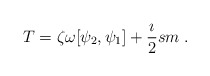
\begin{align*}T=\zeta\omega[\psi_2,\psi_1]+\frac{\imath}{2}sm\;.\end{align*}